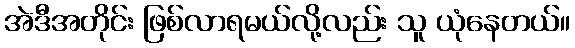
အဲဒီအတိုင်း ဖြစ်လာရမယ်လို့လည်း သူ ယုံနေတယ်။